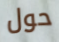
حول